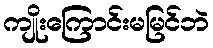
ကျိုးကြောင်းမမြင်ဘဲ